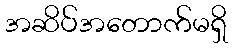
အဆိပ်အတောက်မရှိ